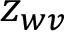
z _ { w v }